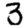
Digit: 3